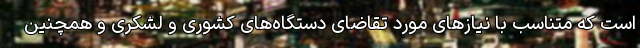
است که متناسب با نیازهای مورد تقاضای دستگاه‌های کشوری و لشکری و همچنین